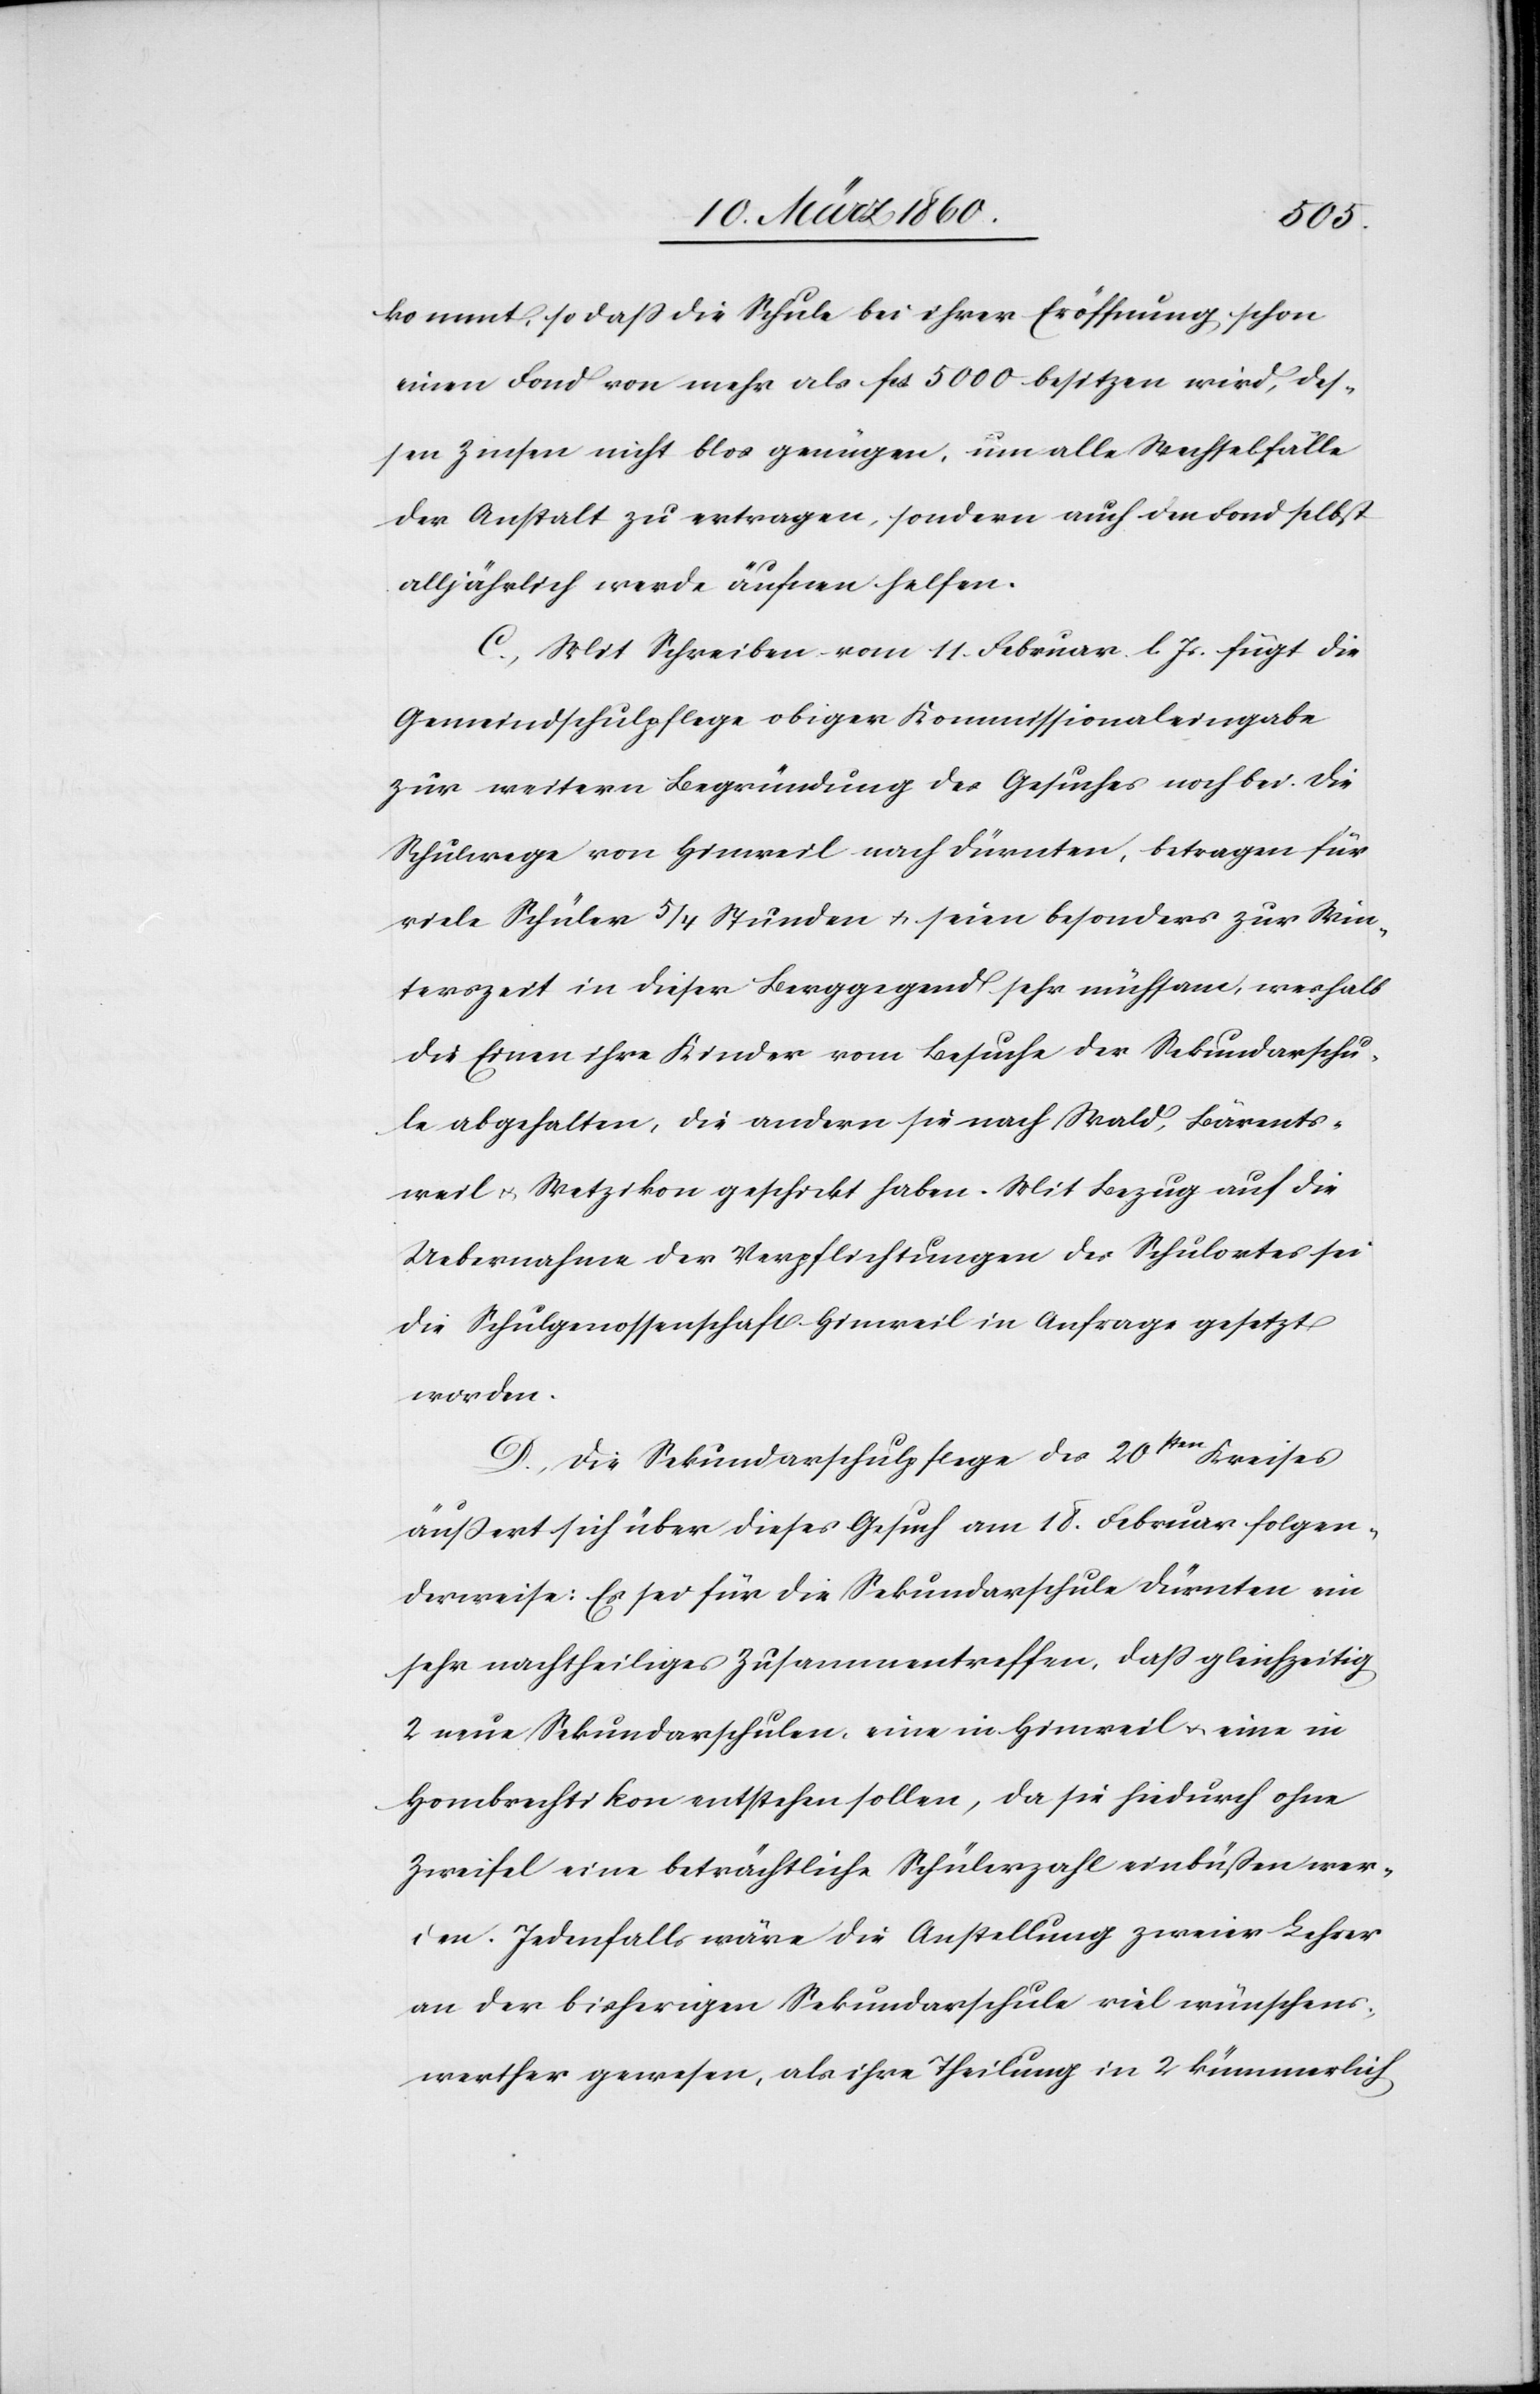
kommt, so daß die Schule bei ihrer Eröffnung schon
einen Fond von mehr als fcs. 5000 besitzen wird, des¬
sen Zinsen nicht blos genügen, um alle Wechselfälle
der Anstalt zu ertragen, sondern auch den Fond selbst
alljährlich werde äufnen helfen.
C. Mit Schreiben vom 11. Februar l. Js. fügt die
Gemeindschulpflege obiger Kommissionaleingabe
zur weitern Begründung des Gesuches noch bei. Die
Schulwege von Hinweil nach Dürnten, betragen für
viele Schüler 5/4 Stunden u. seien besonders zur Win¬
terzeit in dieser Berggegend sehr mühsam, weshalb
die Einen ihre Kinder vom Besuche der Sekundarschu¬
le abgehalten, die andern sie nach Wald, Bärents¬
weil u. Wetzikon geschickt haben. Mit Bezug auf die
Uebernahme der Verpflichtungen des Schulortes sei
die Schulgenossenschaft Hinweil in Anfrage gesetzt
worden.
D. Die Sekundarschulpflege des 20sten Kreises
äußert sich über dieses Gesuch am 18. Februar folgen¬
derweise: Es sei für die Sekundarschule Dürnten ein
sehr nachtheiliges Zusammentreffen, dass gleichzeitig
2 neue Sekundarschulen, eine in Hinweil u. eine in
Hombrechtikon entstehen sollen, da sie hiedurch ohne
Zweifel eine beträchtliche Schülerzahl einbüssen wer¬
den. Jedenfalls wäre die Anstellung zweier Lehrer
an der bisherigen Sekundarschule viel wünschens¬
werther gewesen, als ihre Theilung in 2 kümmerlich